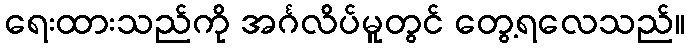
ရေးထားသည်ကို အင်္ဂလိပ်မူတွင် တွေ့ရလေသည်။